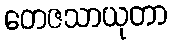
တေဇသာယုတာ